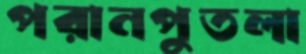
পরানপুতলা